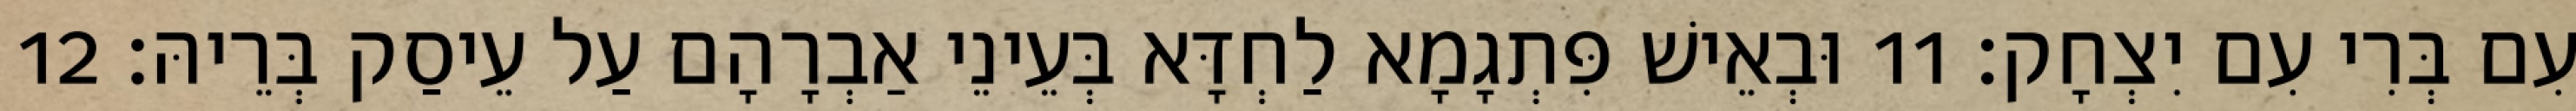
עִם בְּרִי עִם יִצְחָק׃ 11 וּבְאֵישׁ פִּתְגָמָא לַחְדָּא בְּעֵינֵי אַבְרָהָם עַל עֵיסַק בְּרֵיהּ׃ 12